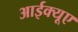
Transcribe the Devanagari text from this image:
आईक्यूए